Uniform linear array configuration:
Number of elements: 64
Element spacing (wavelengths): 0.75
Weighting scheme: uniform
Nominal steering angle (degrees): -60
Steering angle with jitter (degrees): -58.617
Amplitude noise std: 0.05
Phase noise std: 0.05

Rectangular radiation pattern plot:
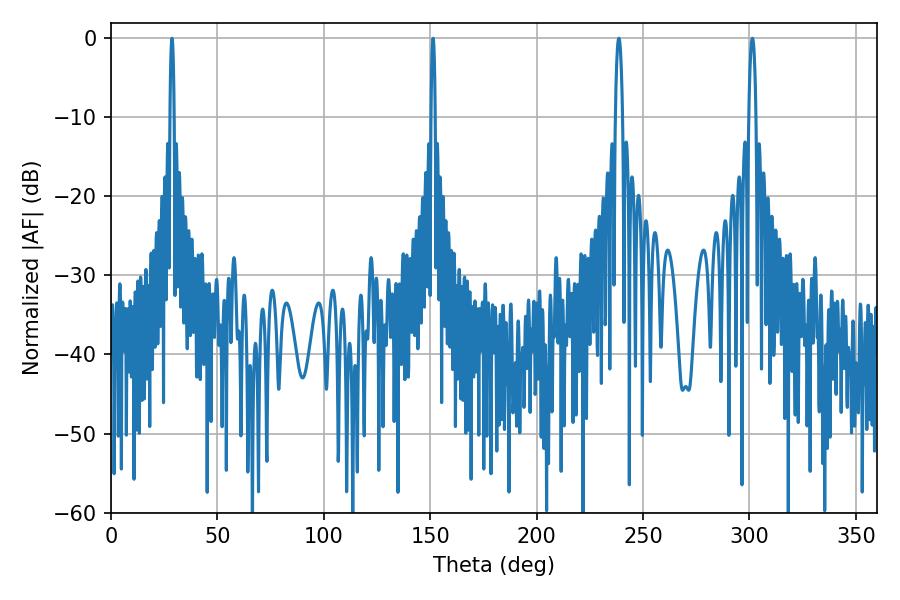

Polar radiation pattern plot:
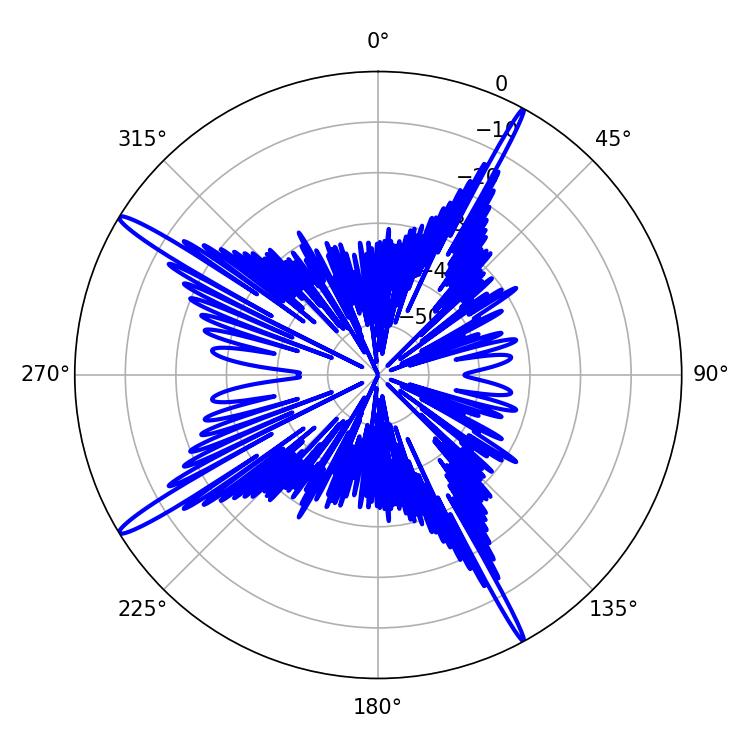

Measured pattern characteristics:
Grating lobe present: TRUE
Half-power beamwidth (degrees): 1.8
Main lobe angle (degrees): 301.32